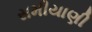
સમીયાણી